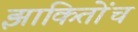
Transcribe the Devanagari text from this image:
झाकितोंच